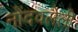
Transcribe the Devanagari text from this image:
नोेंदवलेली